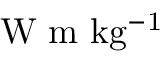
\mathrm { W ~ m ~ k g ^ { - 1 } }